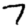
Digit: 7